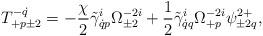
LaTeX: \begin{align*}T^{-\dot q}_{+p\pm2}=-\frac{\chi}{2}\tilde\gamma^i_{\dot qp}\Omega^{-2i}_{\pm2}+\frac12\tilde\gamma^i_{\dot qq}\Omega^{-2i}_{+p}\psi^{2+}_{\pm2q},\end{align*}